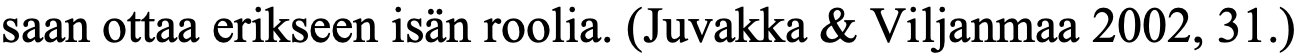
saan ottaa erikseen isän roolia. (Juvakka & Viljanmaa 2002, 31.)